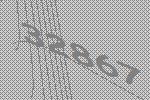
32867